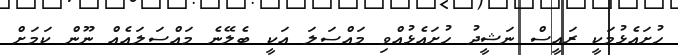
ހުށައެޅުމަކީ ރައީސް ނަޝީދު ހުށައެޅުއްވި މައްސަލަ އަކީ ބެލޭނެ މައްސަލައެއް ނޫން ކަމަށް